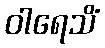
ဝါရေသိံ